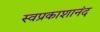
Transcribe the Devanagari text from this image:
स्वप्रकाशानंद